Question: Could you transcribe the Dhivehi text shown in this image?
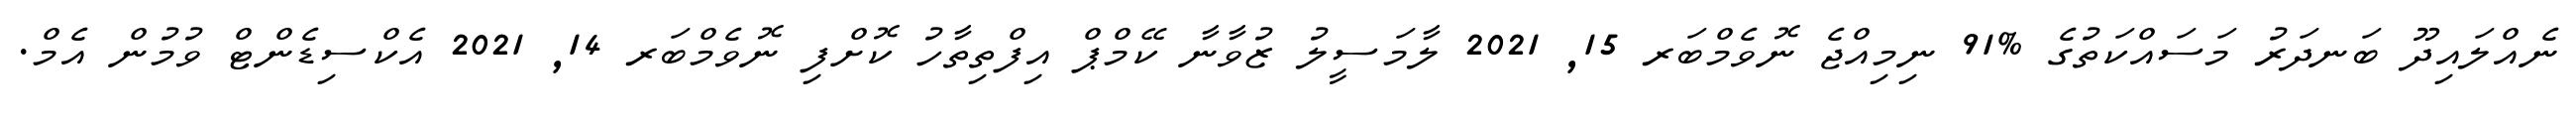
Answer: ނެއްލައިދޫ ބަނދަރު މަސައްކަތުގެ %91 ނިމިއްޖެ ނޮވެމްބަރ 15, 2021 ލާމަސީލު ޒުވާނާ ކޭމްޕް އިފްތިތާހު ކޮށްފި ނޮވެމްބަރ 14, 2021 އެކްސިޑެންޓް ވުމުން އެމް.